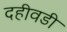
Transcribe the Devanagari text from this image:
दहीवडी